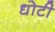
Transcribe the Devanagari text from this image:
धोटी